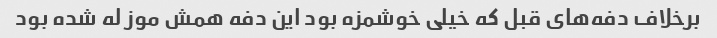
برخلاف دفه‌های قبل که خیلی خوشمزه بود این دفه همش موز له شده بود